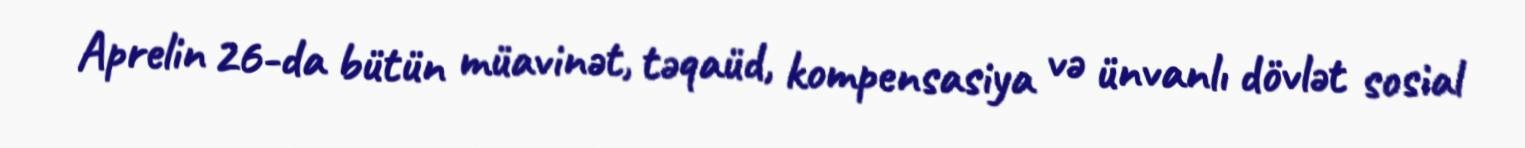
Aprelin 26-da bütün müavinət, təqaüd, kompensasiya və ünvanlı dövlət sosial